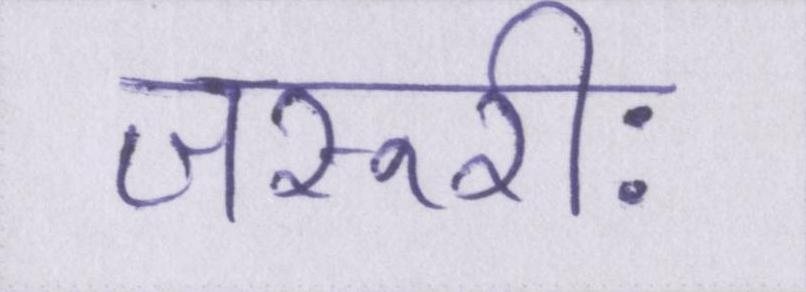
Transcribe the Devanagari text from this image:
जरूरीः